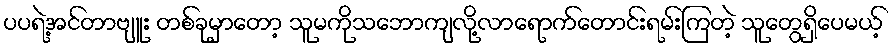
ပပရဲ့အင်တာဗျူး တစ်ခုမှာတော့ သူမကိုသဘောကျလို့လာရောက်တောင်းရမ်းကြတဲ့ သူတွေရှိပေမယ့်